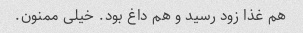
هم غذا زود رسید و هم داغ بود. خیلی ممنون.